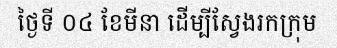
ថ្ងៃទី ០៤ ខែមីនា ដើម្បីស្វែងរកក្រុម